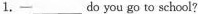
1.—___do you go to school?